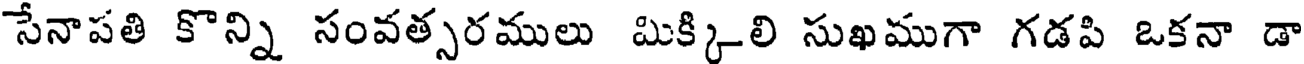
సేనాపతి కొన్ని సంవత్సరములు మిక్కిలి సుఖముగా గడపి ఒకనా డా